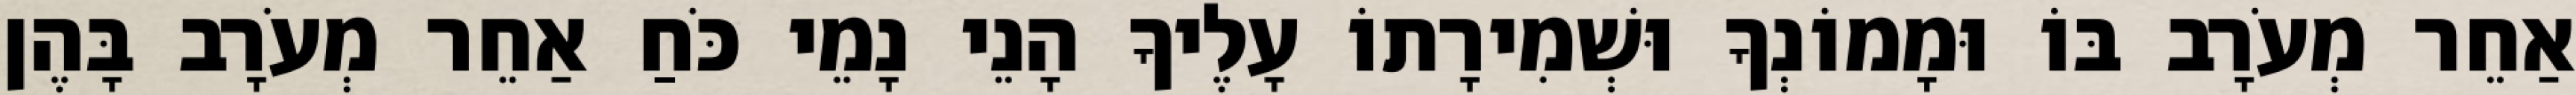
אַחֵר מְעֹרָב בּוֹ וּמָמוֹנְךָ וּשְׁמִירָתוֹ עָלֶיךָ הָנֵי נָמֵי כֹּחַ אַחֵר מְעֹרָב בָּהֶן